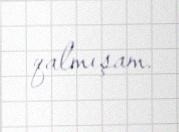
qalmışam.